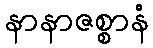
နာနာဇစ္စာနံ